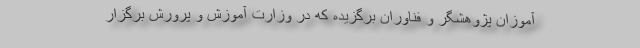
آموزان پژوهشگر و فناوران برگزیده که در وزارت آموزش و پرورش برگزار